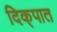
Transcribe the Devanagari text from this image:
दिक्‌पात